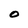
Character: O